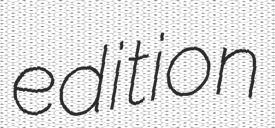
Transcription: edition